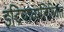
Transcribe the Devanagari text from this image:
इंद्रियांव्यतिरिक्त